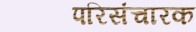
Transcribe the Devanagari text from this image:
परिसंचारक